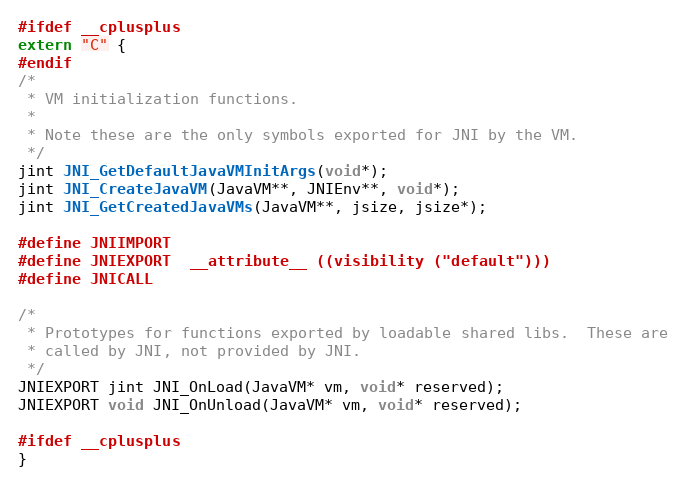
Language: C
#ifdef __cplusplus
extern "C" {
#endif
/*
 * VM initialization functions.
 *
 * Note these are the only symbols exported for JNI by the VM.
 */
jint JNI_GetDefaultJavaVMInitArgs(void*);
jint JNI_CreateJavaVM(JavaVM**, JNIEnv**, void*);
jint JNI_GetCreatedJavaVMs(JavaVM**, jsize, jsize*);

#define JNIIMPORT
#define JNIEXPORT  __attribute__ ((visibility ("default")))
#define JNICALL

/*
 * Prototypes for functions exported by loadable shared libs.  These are
 * called by JNI, not provided by JNI.
 */
JNIEXPORT jint JNI_OnLoad(JavaVM* vm, void* reserved);
JNIEXPORT void JNI_OnUnload(JavaVM* vm, void* reserved);

#ifdef __cplusplus
}